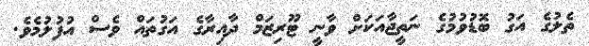
ތެލުގެ އަގު ބޮޑުވުމުގެ ނަތީޖާއަކަށް ވާނީ ޓޫރިޒަމް ދާއިރާގެ އަގުތައް ވެސް އުފުލުމެވެ.